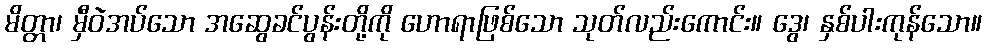
မိတ္တာ၊ မှီဝဲအပ်သော အဆွေခင်ပွန်းတို့ကို ဟောရာဖြစ်သော သုတ်လည်းကောင်း။ ဒွေ၊ နှစ်ပါးကုန်သော။